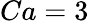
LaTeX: Ca=3